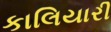
કાલિયારી